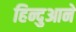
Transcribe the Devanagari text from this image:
हिन्दुआने